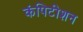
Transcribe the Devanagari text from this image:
कंपिटीशन